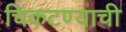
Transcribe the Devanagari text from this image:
चिकटण्याची